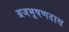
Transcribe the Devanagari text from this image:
व्रजभूषणदास